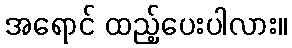
အရောင် ထည့်ပေးပါလား။